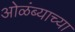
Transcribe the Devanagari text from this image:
ओळंब्याच्या